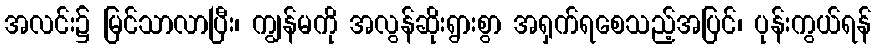
အလင်း၌ မြင်သာလာပြီး၊ ကျွန်မကို အလွန်ဆိုးရွားစွာ အရှက်ရစေသည့်အပြင်၊ ပုန်းကွယ်ရန်